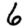
Digit: 6